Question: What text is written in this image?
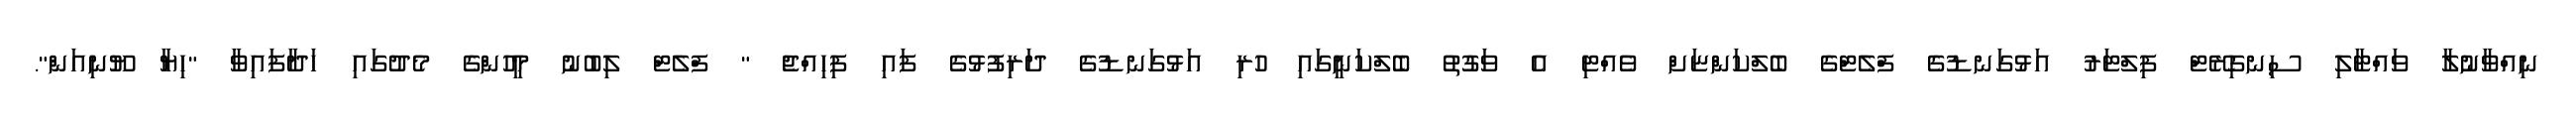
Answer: ނިއްވާނުލާ ވައްޓާލި ސިނގިރޭޓް ފިލްޓަރު އަޅުގަނޑުގެ ފްލެޓްގެ ބެލްކަންޏަށް ވެއްޓި އެ ވަގުތު ބެލްކަނީގައި ހުރި އަޅުގަނޑުގެ ދަރިފުޅުގެ ފައި ފިހިއްޖެ " ފްލެޓް ލިބުނު މީހުންގެ މެދުގައި ހަދާފައިވާ "ހިޔާ ޔޫނިއަން".